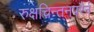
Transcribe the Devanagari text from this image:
रुक्षचिन्तनपरैर्न